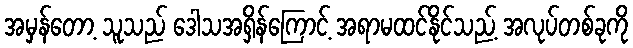
အမှန်တော့ သူသည် ဒေါသအရှိန်ကြောင့် အရာမထင်နိုင်သည့် အလုပ်တစ်ခုကို